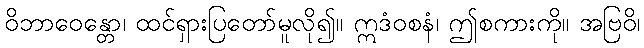
ဝိဘာဝေန္တော၊ ထင်ရှားပြတော်မူလို၍။ ဣဒံဝစနံ၊ ဤစကားကို။ အဗြဝိ၊